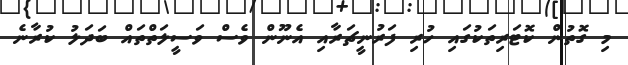
މި ގޮތުން ކޮޓަރިތަކުގައި ހުރި ފަރުނީޗަރާއި އެނޫން ވެސް ވަސީލަތްތައް ބަދަލު ކުރާނެ